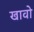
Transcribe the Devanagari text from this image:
खावो